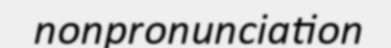
nonpronunciation